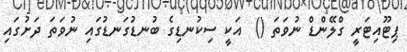
ޕިޓޫއިޓަރީ ގްލޭންޑް ނުވަތަ ()  އަކީ ސިކުނޑިގެ ބުނޑުގަނޑުގައި ނުވަތަ ދަށުގައި